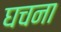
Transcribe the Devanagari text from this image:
घचना